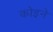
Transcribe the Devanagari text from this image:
कोइने